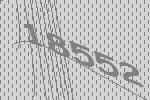
18552